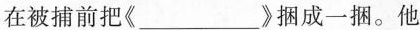
在被捕前把《___》捆成一捆。他